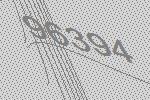
96394